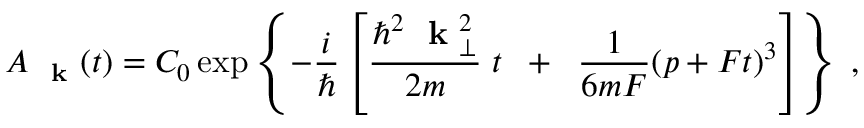
A _ { \mathrm { ~ \bf ~ k ~ } } ( t ) = C _ { 0 } \exp \left\{ - \frac { i } { \hbar } \left[ \frac { \hbar ^ { 2 } \mathrm { ~ \bf ~ k ~ } _ { \perp } ^ { 2 } } { 2 m } \; t \; \; + \; \; \frac { 1 } { 6 m F } ( p + F t ) ^ { 3 } \right] \right\} \; ,